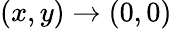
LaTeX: (x,y)\to(0,0)